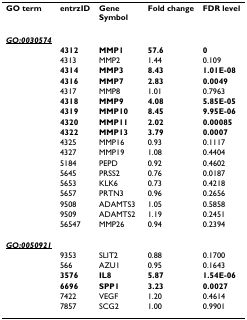
| GO term | entrzID | Gene Symbol | Fold change | FDR level |
 | --- | --- | --- | --- | --- |
 | <underline>GO:0030574</underline> |  |  |  |  |
 |  | 4312 | MMP1 | 57.6 | 0 |
 |  | 4313 | MMP2 | 1.44 | 0.109 |
 |  | 4314 | MMP3 | 8.43 | 1.01E-08 |
 |  | 4316 | MMP7 | 2.83 | 0.0049 |
 |  | 4317 | MMP8 | 1.01 | 0.7963 |
 |  | 4318 | MMP9 | 4.08 | 5.85E-05 |
 |  | 4319 | MMP10 | 8.45 | 9.95E-06 |
 |  | 4320 | MMP11 | 2.02 | 0.00085 |
 |  | 4322 | MMP13 | 3.79 | 0.0007 |
 |  | 4325 | MMP16 | 0.93 | 0.1117 |
 |  | 4327 | MMP19 | 1.08 | 0.4404 |
 |  | 5184 | PEPD | 0.92 | 0.4602 |
 |  | 5645 | PRSS2 | 0.76 | 0.0187 |
 |  | 5653 | KLK6 | 0.73 | 0.4218 |
 |  | 5657 | PRTN3 | 0.96 | 0.2656 |
 |  | 9508 | ADAMTS3 | 1.05 | 0.5858 |
 |  | 9509 | ADAMTS2 | 1.19 | 0.2451 |
 |  | 56547 | MMP26 | 0.94 | 0.2394 |
 | <underline>GO:0050921</underline> |  |  |  |  |
 |  | 9353 | SLIT2 | 0.88 | 0.1700 |
 |  | 566 | AZU1 | 0.95 | 0.1643 |
 |  | 3576 | IL8 | 5.87 | 1.54E-06 |
 |  | 6696 | SPP1 | 3.23 | 0.0027 |
 |  | 7422 | VEGF | 1.20 | 0.4614 |
 |  | 7857 | SCG2 | 1.00 | 0.9901 |